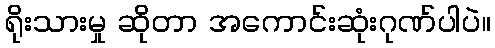
ရိုးသားမှု ဆိုတာ အကောင်းဆုံးဂုဏ်ပါပဲ။